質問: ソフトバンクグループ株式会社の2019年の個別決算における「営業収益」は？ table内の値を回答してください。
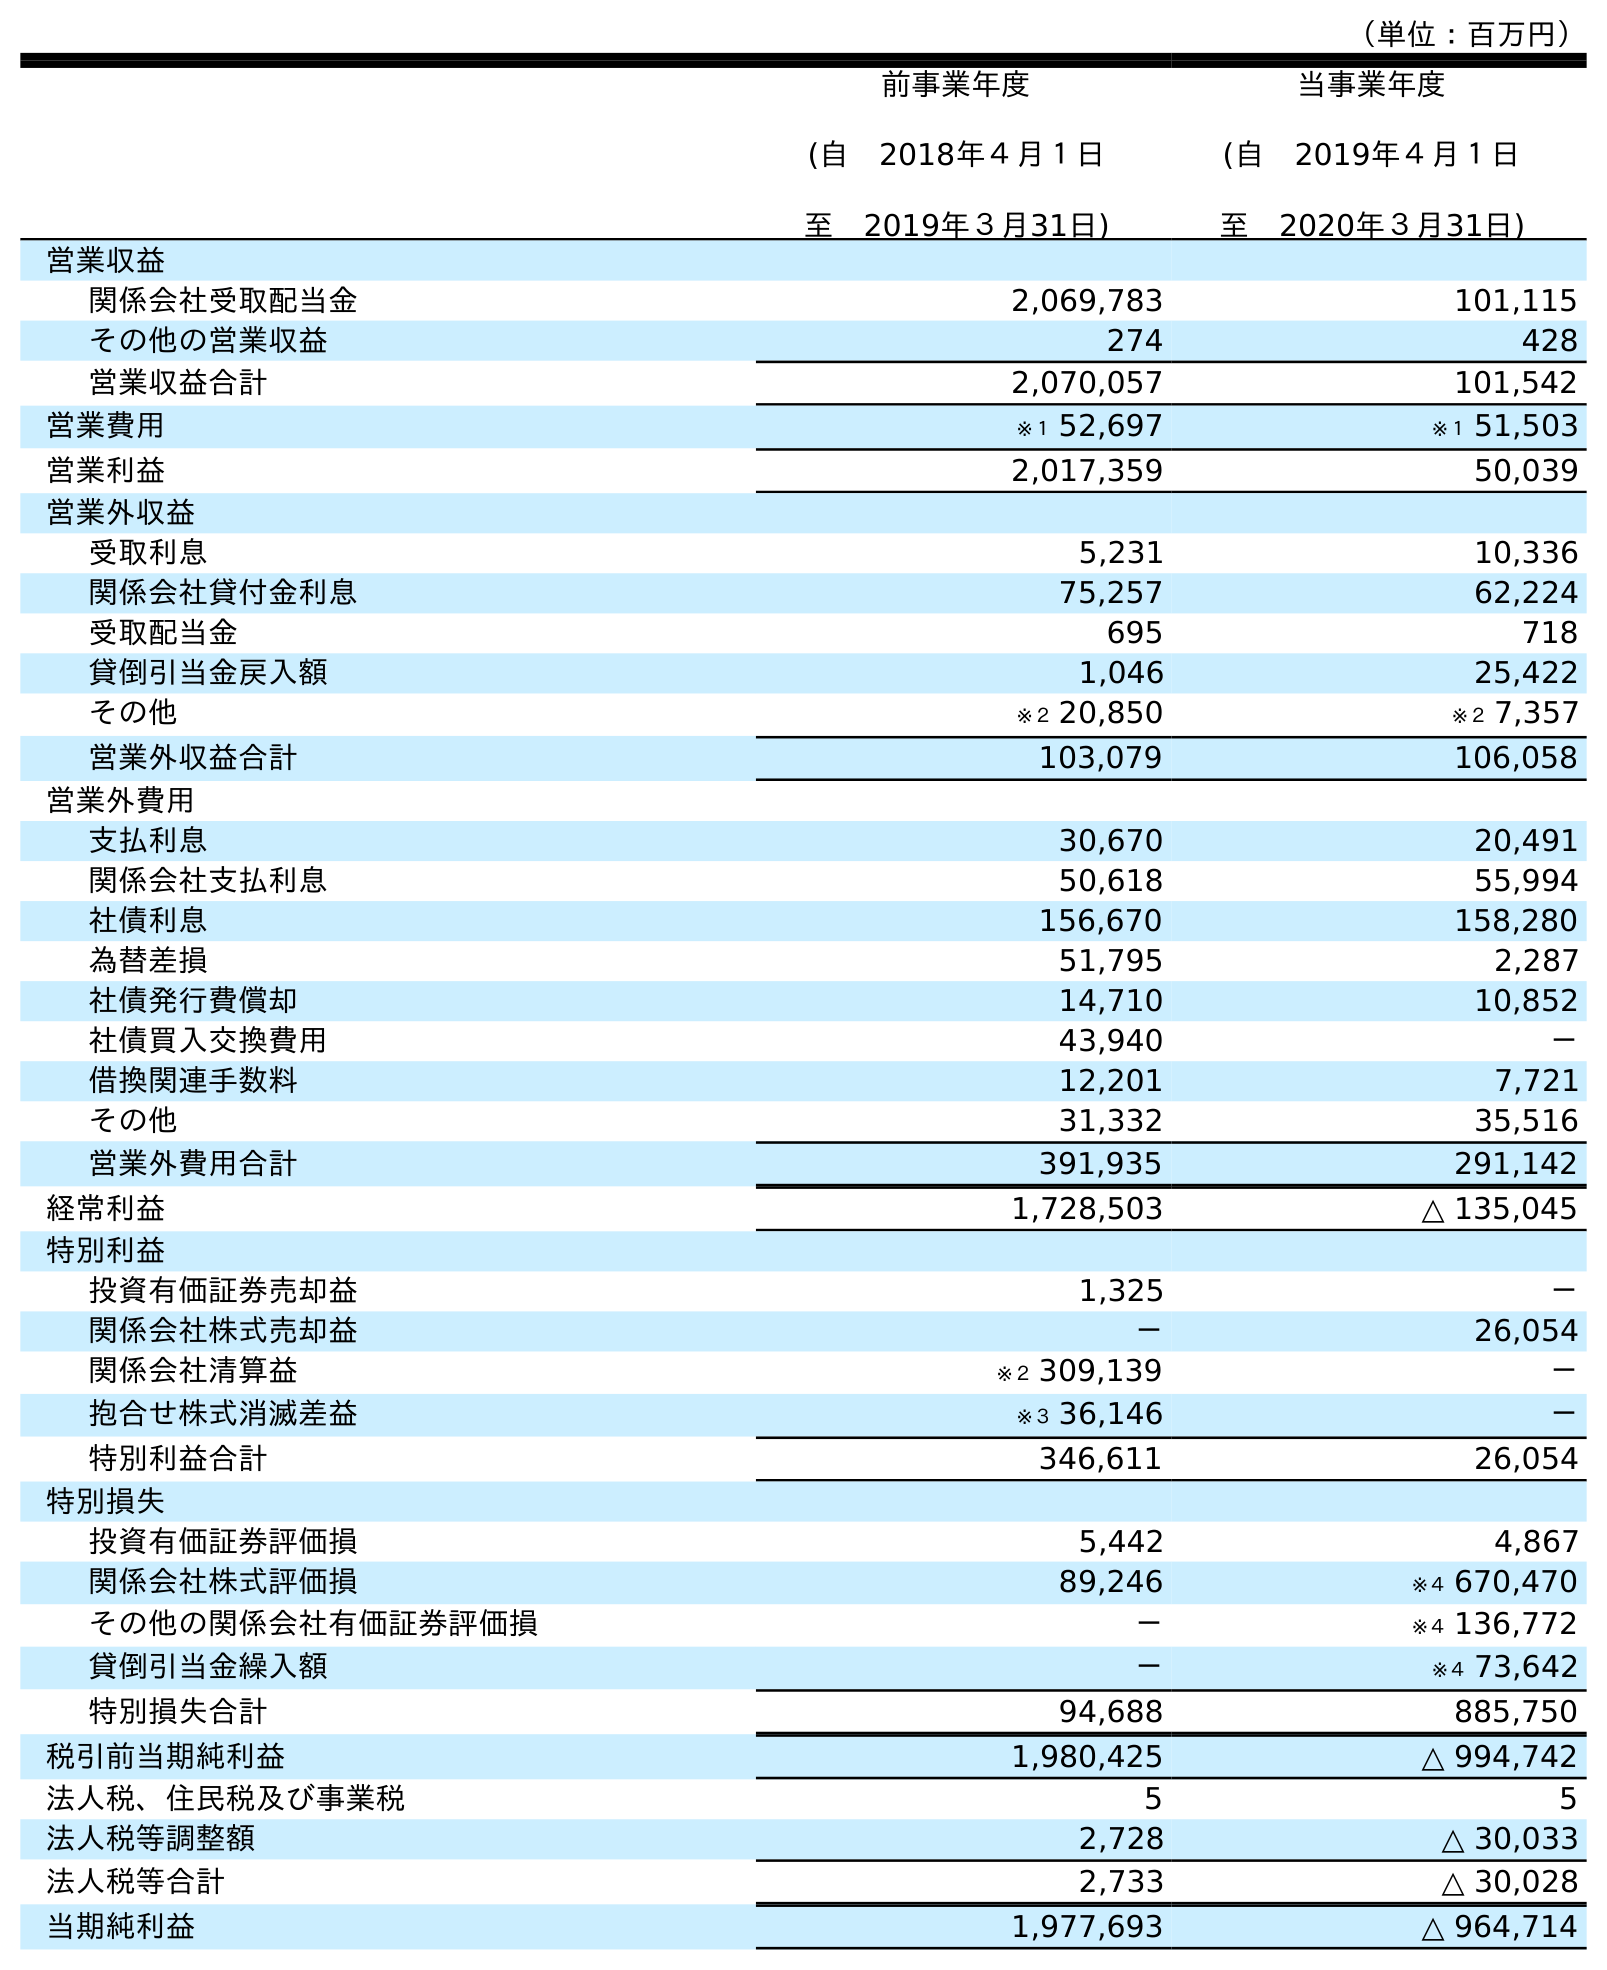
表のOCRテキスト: （単位：百万円） 前事業年度 (自 2018年４月１日 至 2019年３月31日) 当事業年度 (自 2019年４月１日 至 2020年３月31日) 営業収益 関係会社受取配当金 2,069,783 101,115 その他の営業収益 274 428 営業収益合計 2,070,057 101,542 営業費用 ※１ 52,697 ※１ 51,503 営業利益 2,017,359 50,039 営業外収益 受取利息 5,231 10,336 関係会社貸付金利息 75,257 62,224 受取配当金 695 718 貸倒引当金戻入額 1,046 25,422 その他 ※２ 20,850 ※２ 7,357 営業外収益合計 103,079 106,058 営業外費用 支払利息 30,670 20,491 関係会社支払利息 50,618 55,994 社債利息 156,670 158,280 為替差損 51,795 2,287 社債発行費償却 14,710 10,852 社債買入交換費用 43,940 － 借換関連手数料 12,201 7,721 その他 31,332 35,516 営業外費用合計 391,935 291,142 経常利益 1,728,503 △ 135,045 特別利益 投資有価証券売却益 1,325 － 関係会社株式売却益 － 26,054 関係会社清算益 ※２ 309,139 － 抱合せ株式消滅差益 ※３ 36,146 － 特別利益合計 346,611 26,054 特別損失 投資有価証券評価損 5,442 4,867 関係会社株式評価損 89,246 ※４ 670,470 その他の関係会社有価証券評価損 － ※４ 136,772 貸倒引当金繰入額 － ※４ 73,642 特別損失合計 94,688 885,750 税引前当期純利益 1,980,425 △ 994,742 法人税、住民税及び事業税 5 5 法人税等調整額 2,728 △ 30,033 法人税等合計 2,733 △ 30,028 当期純利益 1,977,693 △ 964,714
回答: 2,070,057